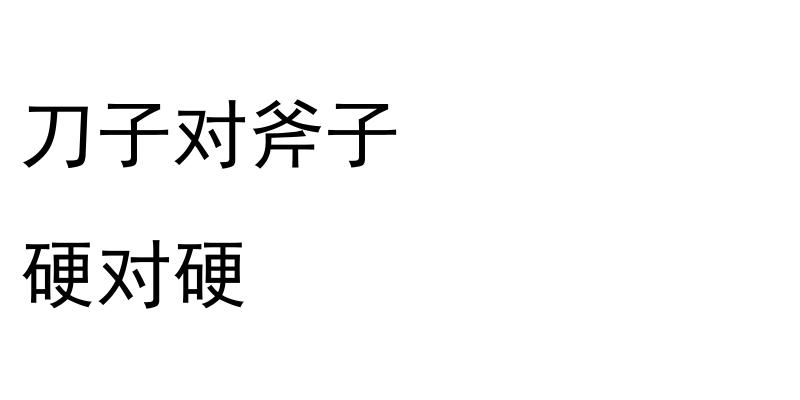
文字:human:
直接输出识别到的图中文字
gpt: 刀子对斧子 硬对硬